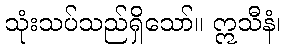
သုံးသပ်သည်ရှိသော်။ ဣသီနံ၊